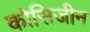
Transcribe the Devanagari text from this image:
कोसिजीन